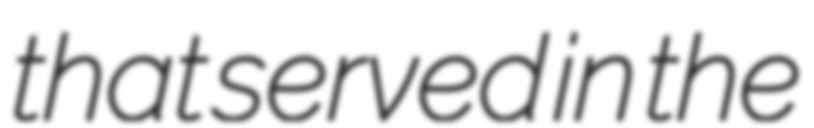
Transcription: that served in the